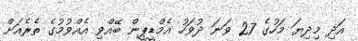
އަދި މިދިޔަ މަހުގެ 27 ވަނަ ދުވަހު އެމްޑީޕީން ބޭއްވި އެއްވުމުގެ ތެރެއަށް